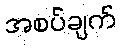
အစပ်ချက်